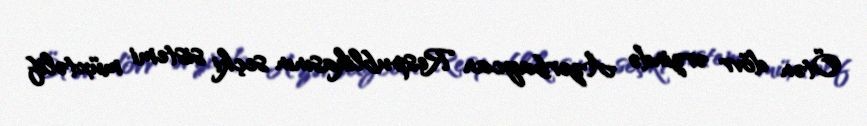
Ötən dövr ərzində Azərbaycan Respublikasının seçki sistemi müxtəlif